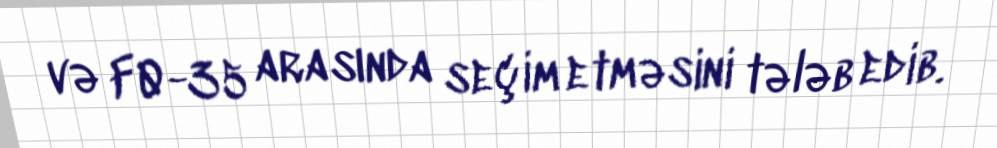
və F0-35 arasında seçim etməsini tələb edib.